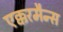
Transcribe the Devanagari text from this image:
एक्करमैन्स